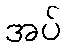
အပ်